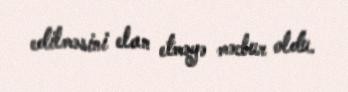
edilməsini elan etməyə məcbur oldu.